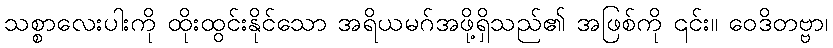
သစ္စာလေးပါးကို ထိုးထွင်းနိုင်သော အရိယမဂ်အဖို့ရှိသည်၏ အဖြစ်ကို ၎င်း။ ဝေဒိတဗ္ဗာ၊